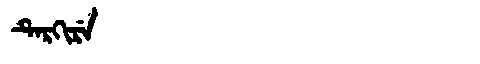
Manchu: ᡨᡝᡵᡴᡳᡵᡝ
Romanization: TERKIRE